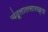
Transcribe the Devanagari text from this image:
चंदूलालसारख्या